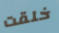
خلقت